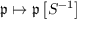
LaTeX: { \mathfrak { p } } \mapsto { \mathfrak { p } } \left[ S ^ { - 1 } \right]